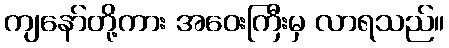
ကျနော်တို့ကား အဝေးကြီးမှ လာရသည်။